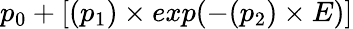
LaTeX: p_{0}+[(p_{1})\times exp(-(p_{2})\times E)]